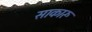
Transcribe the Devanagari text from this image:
साकारू